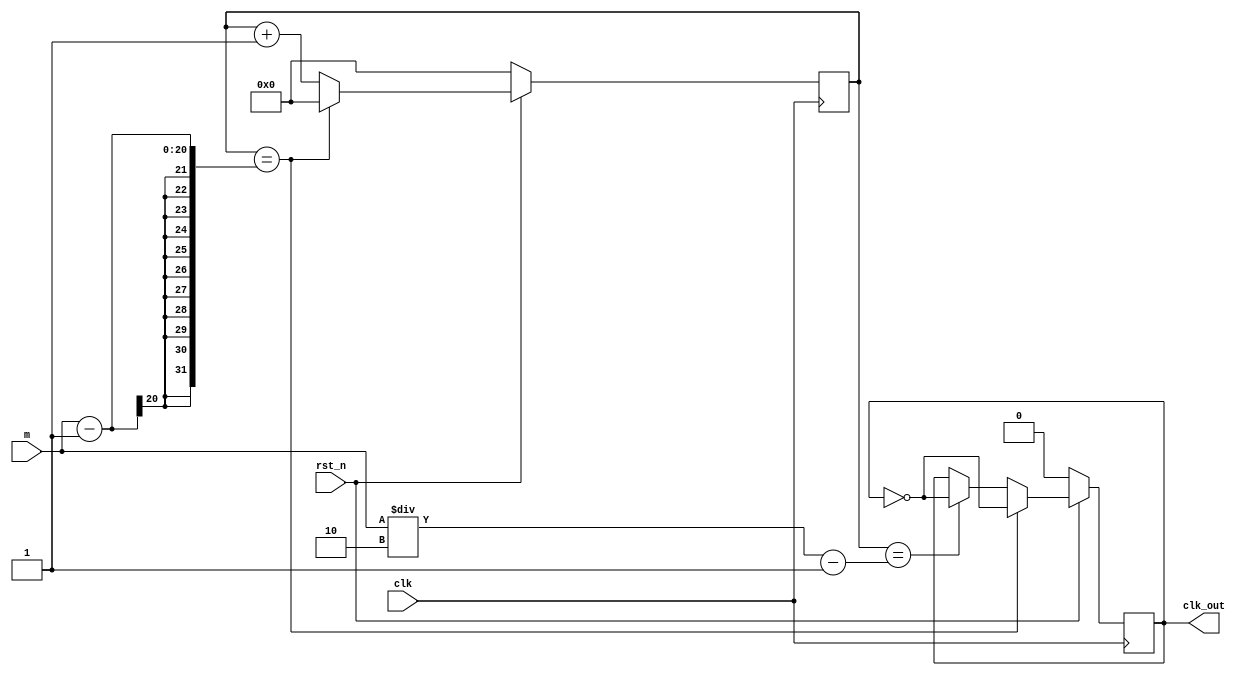
module tmm_c(
	input clk,
	input rst_n,
	input [19:0] m,
	output reg clk_out
);


reg [19:0]count;

always@(posedge clk)
begin
	if(!rst_n)
	begin
		count<=0;
		clk_out<=0;
	end

	else if(count==m-1)
	begin
		clk_out<=~clk_out;
		count<=0;
	end
	else if(count==m/2-1)
	begin
		clk_out<=~clk_out;
		count<=count+1;
	end
	else
		count<=count+1;
end

endmodule